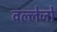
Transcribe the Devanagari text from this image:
वल्लेजो